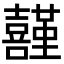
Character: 𡅤